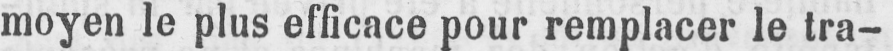
moyen le plus efficace pour remplacer le tra-